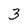
Character: 3